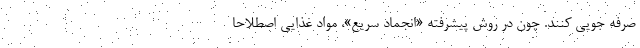
صرفه جویی کنند. چون در روش پیشرفته «انجماد سریع»، مواد غذایی اصطلاحا